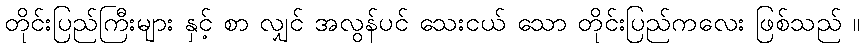
တိုင်းပြည်ကြီးများ နှင့် စာ လျှင် အလွန်ပင် သေးငယ် သော တိုင်းပြည်ကလေး ဖြစ်သည် ။